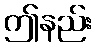
ဤနည်း